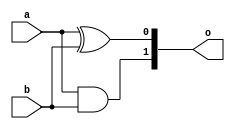
`timescale 1ns / 1ps
//////////////////////////////////////////////////////////////////////////////////
// Company: 
// Engineer: 
// 
// Design Name: 
// Module Name: AND_1
// Project Name: 
// Target Devices: 
// Tool Versions: 
// Description: 
// 
// Dependencies: 
// 
// Revision:
// Revision 0.01 - File Created
// Additional Comments:
// 
//////////////////////////////////////////////////////////////////////////////////


module AND_1(
    input a,
    input b,
    output [1:0] o
    );
    
    assign o[0] = a ^ b;
    assign o[1] = a & b;
endmodule